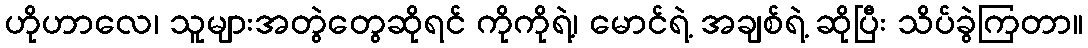
ဟိုဟာလေ၊ သူများအတွဲတွေဆိုရင် ကိုကိုရဲ့၊ မောင်ရဲ့ အချစ်ရဲ့ ဆိုပြီး သိပ်ခွဲကြတာ။